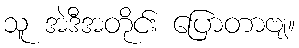
သူ အဲဒီအတိုင်း ပြောတာဗျ။